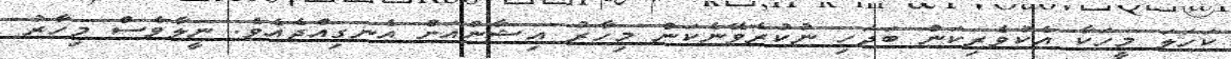
ކަހަލަ މީހަކާ އެކުވެރިކަން ބަދަހި ނުކުރެވޭނެކަން މިހާރު އިޝާންއަށް އެނގިއްޖެއެވެ. ނީލާވެސް މިހާރު